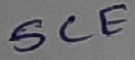
Text: SCE